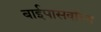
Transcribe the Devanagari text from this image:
बाईपासवॉल्व